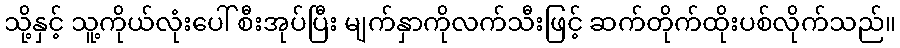
သို့နှင့် သူ့ကိုယ်လုံးပေါ် စီးအုပ်ပြီး မျက်နှာကိုလက်သီးဖြင့် ဆက်တိုက်ထိုးပစ်လိုက်သည်။